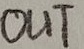
Text: OUT